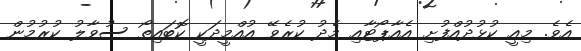
އެވެ. މިއީ ކުޅުދުއްފުށި އެއާޕޯޓާއި މެދު ކުރެވޭ އުއްމީދަކީ ކޮބައިތޯ ސުވާލު ކުރުމުން